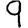
Digit: 9